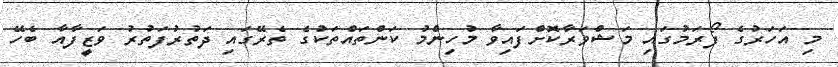
މި އަހަރުގެ ފޯރަމުގައި މަޝްވަރާކޮށްފައިވާ މުހިންމު ކަންތައްތަކުގެ ތެރޭގައި ދަތުރުފަތުރު ވަޒީފާއާ ބެހޭ